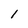
Character: 1